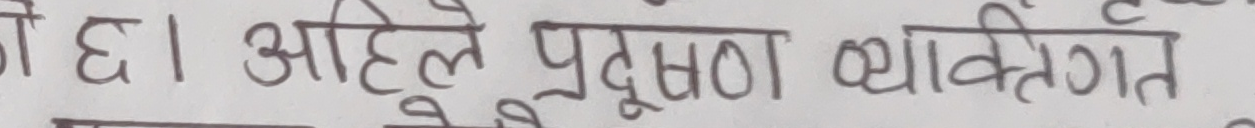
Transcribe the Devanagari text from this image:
छ । अहिले प्रदूषण व्यक्तिगत